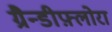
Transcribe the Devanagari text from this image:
ग्रैन्डीफ़्लोरा